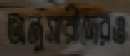
অনুসারীদেরও